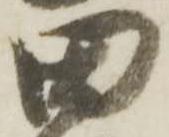
田